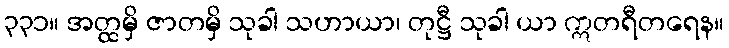
၃၃၁။ အတ္ထမှိ ဇာတမှိ သုခါ သဟာယာ၊ တုဋ္ဌီ သုခါ ယာ ဣတရီတရေန။